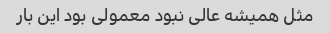
مثل همیشه عالی نبود معمولی بود این بار